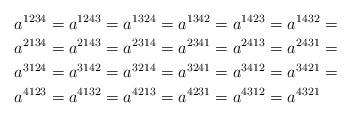
LaTeX: \begin{align*}a^{1234} & =a^{1243}=a^{1324}=a^{1342}=a^{1423}=a^{1432}=\\a^{2134} & =a^{2143}=a^{2314}=a^{2341}=a^{2413}=a^{2431}=\\a^{3124} & =a^{3142}=a^{3214}=a^{3241}=a^{3412}=a^{3421}=\\a^{4123} & =a^{4132}=a^{4213}=a^{4231}=a^{4312}=a^{4321}\end{align*}